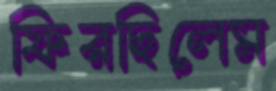
ফিরছিলেম